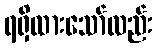
ရရှိထားသော်လည်း